Trukikaitis_Postimees, lk 105
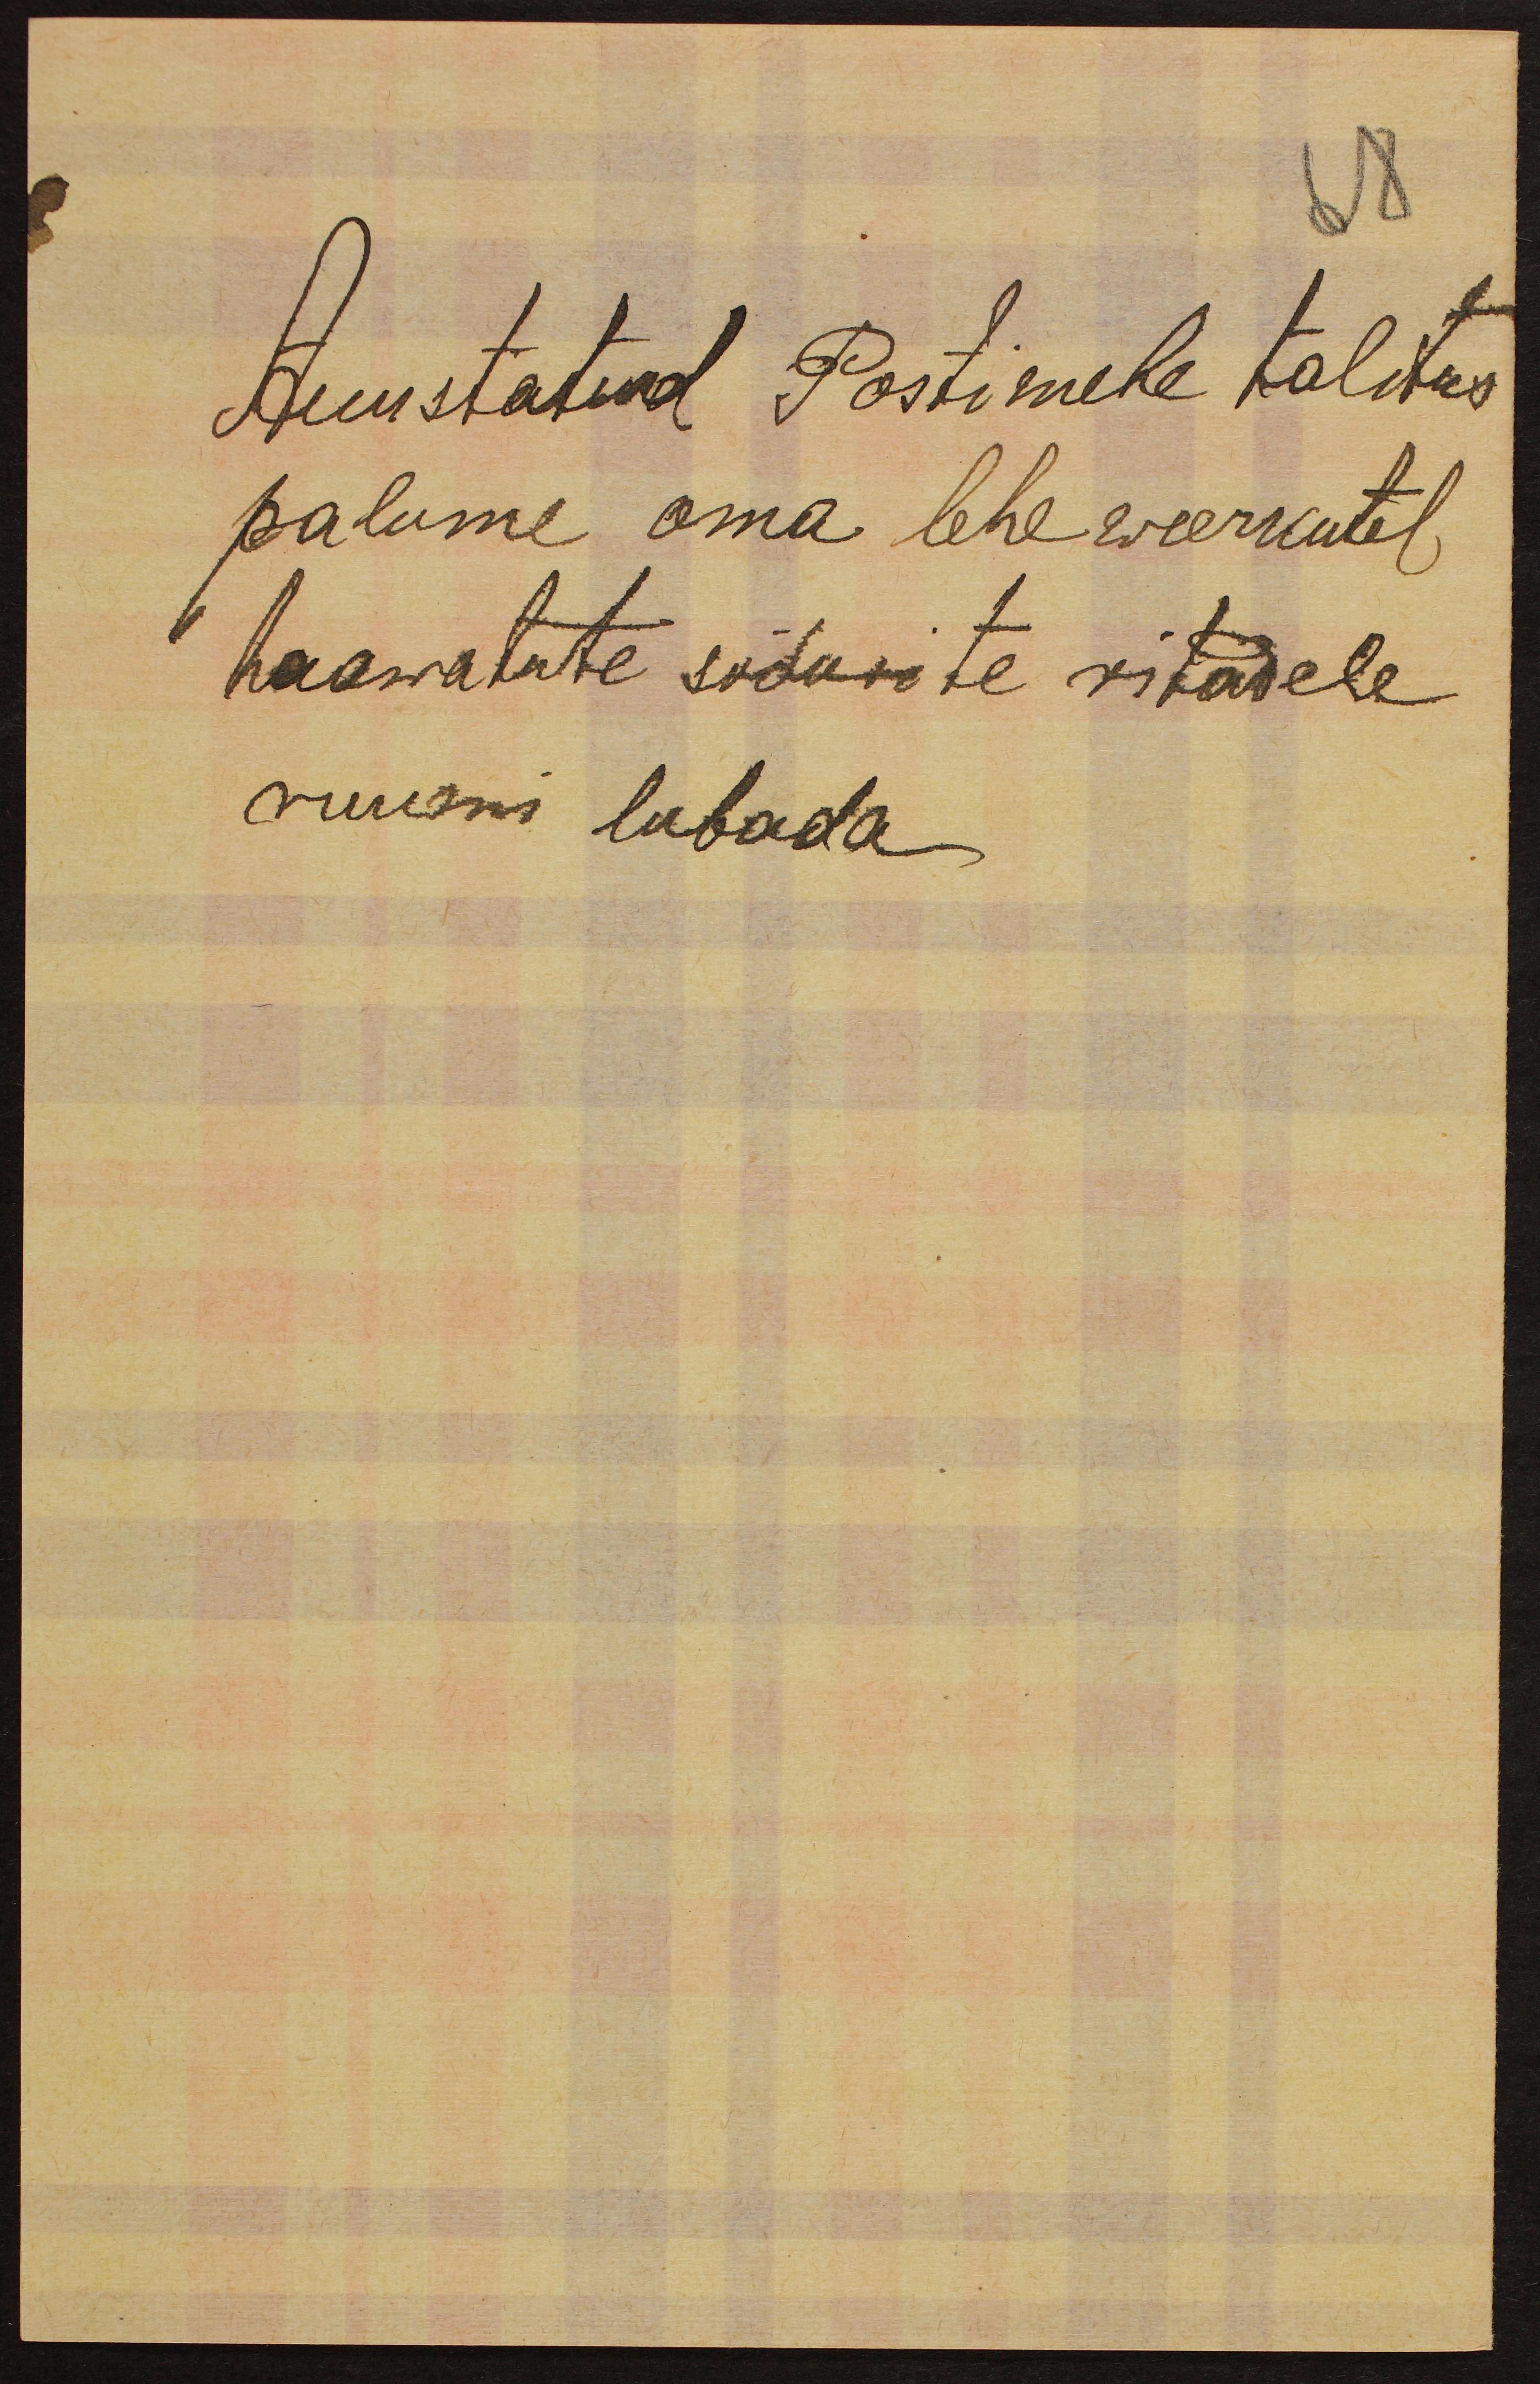
Auustatud Postimehe talitus
palume oma lehe weerkutel
haawatute sõdurite ritadele
ruumi lubada